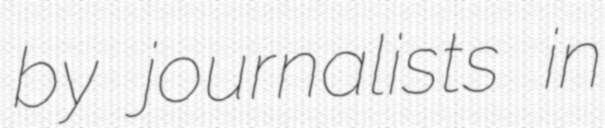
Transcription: by journalists in